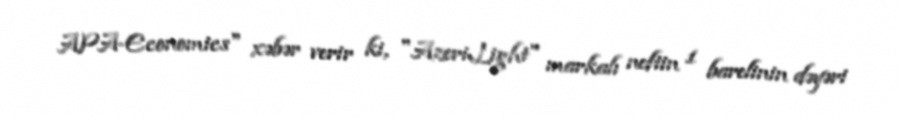
APA-Economics" xəbər verir ki, "AzeriLight" markalı neftin 1 barelinin dəyəri